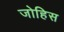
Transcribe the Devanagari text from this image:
जोहिस